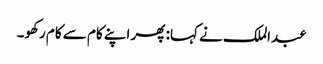
عبدالملک نے کہا: پھر اپنے کام سے کام رکھو۔